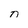
Character: n